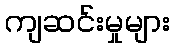
ကျဆင်းမှုများ